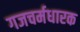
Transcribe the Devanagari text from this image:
गजचर्मधारक